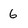
Character: 6